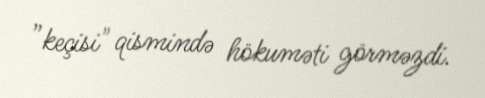
”keçisi" qismində hökuməti görməzdi.